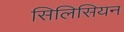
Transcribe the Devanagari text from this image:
सिलिसियन